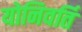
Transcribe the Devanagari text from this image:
योनिवर्ति